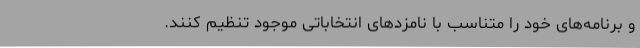
و برنامه‌های خود را متناسب با نامزدهای انتخاباتی موجود تنظیم کنند.